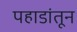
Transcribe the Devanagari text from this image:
पहाडांतून